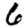
Digit: 6